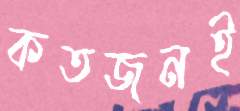
কতজনই